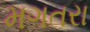
મગતરા